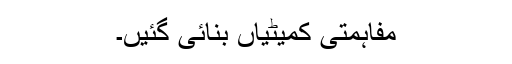
مفاہمتی کمیٹیاں بنائی گئیں۔